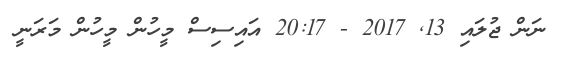
ނަން ޖުލައި 13